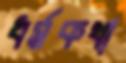
ধর্মকথা